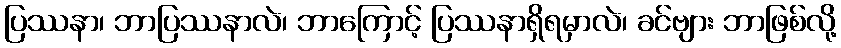
ပြဿနာ၊ ဘာပြဿနာလဲ၊ ဘာကြောင့် ပြဿနာရှိရမှာလဲ၊ ခင်ဗျား ဘာဖြစ်လို့